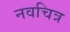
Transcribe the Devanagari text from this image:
नवचित्र